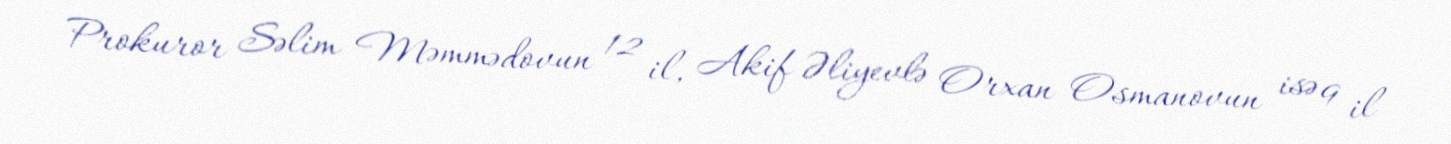
Prokuror Səlim Məmmədovun 12 il, Akif Əliyevlə Orxan Osmanovun isə 9 il